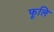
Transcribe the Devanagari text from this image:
फूलि